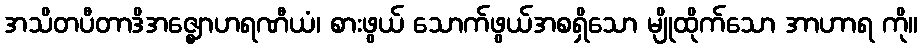
အသိတပီတာဒိအဇ္ဈောဟရဏီယံ၊ စားဖွယ် သောက်ဖွယ်အစရှိသော မျိုထိုက်သော အာဟာရ ကို။